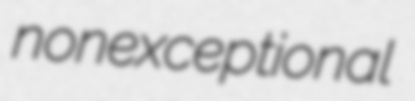
nonexceptional